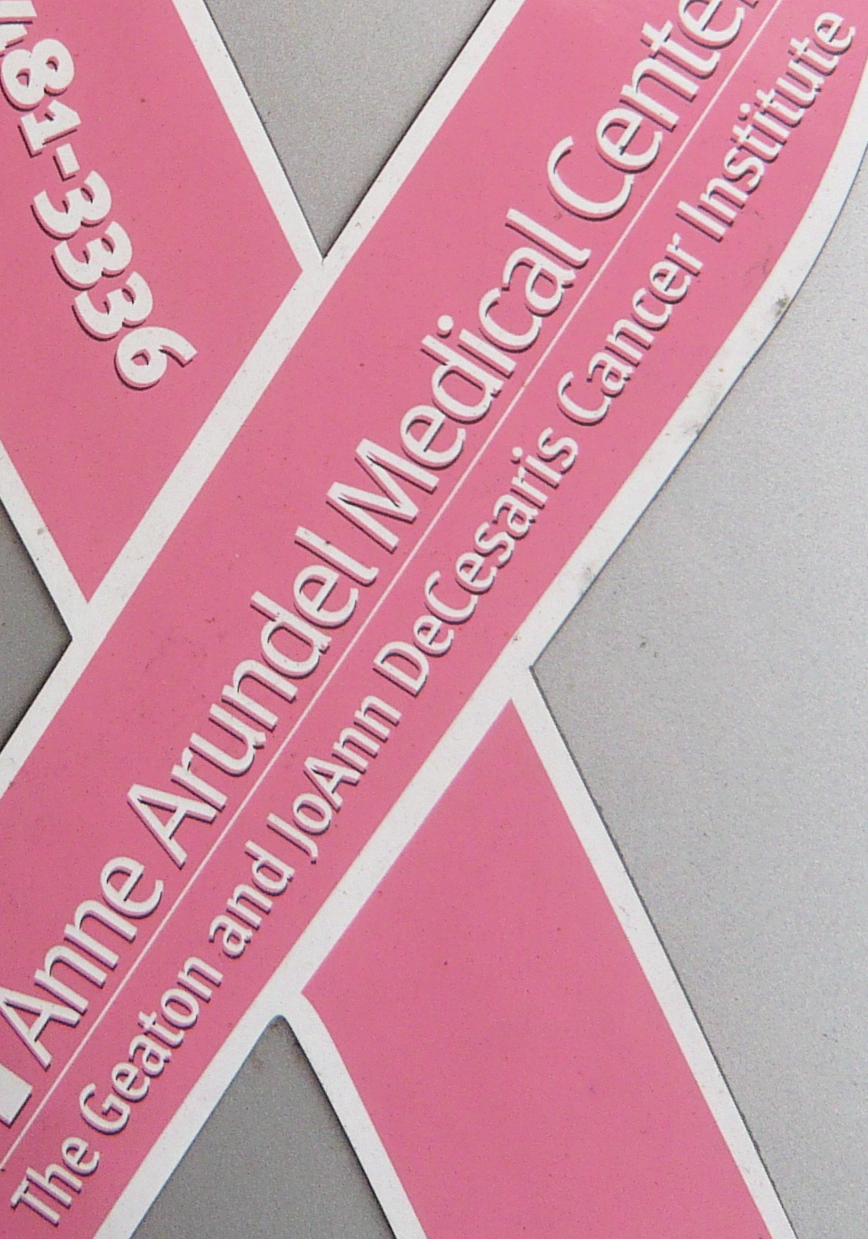
The Geaton and JoAnn DeCesarts Cancer Institute